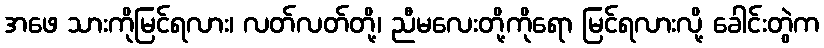
အဖေ သားကိုမြင်ရလား၊ လတ်လတ်တို့၊ ညီမလေးတို့ကိုရော မြင်ရလားလို့ ခေါင်းတွဲက